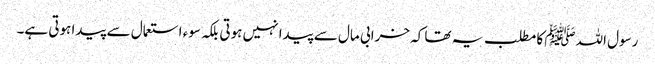
رسول اللہﷺ کا مطلب یہ تھا کہ خرابی مال سے پیدا نہیں ہوتی بلکہ سوء استعمال سے پیدا ہوتی ہے۔